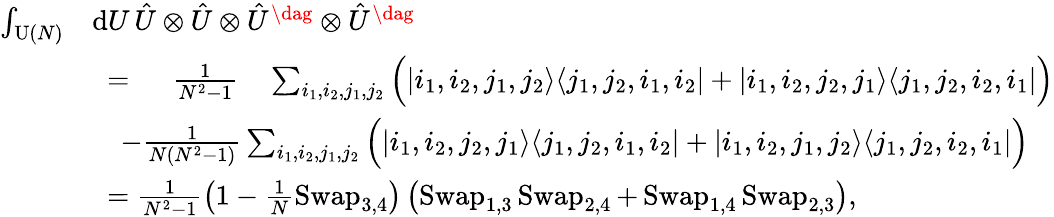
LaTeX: \begin{array}{rl}{\int_{\operatorname{U}(N)}}&{\mathrm{d}U\, \hat{U}\otimes\hat{U}\otimes\hat{U}^{\dag}\otimes\hat{U}^{\dag}}\\ &{\ =\quad\ \frac{1}{N^{2}-1}\quad\sum_{i_{1},i_{2},j_{1},j_{2}}\Big(|i_{1},i_{2},j_{1},j_{2}\rangle\langle j_{1},j_{2},i_{1},i_{2}|+|i_{1},i_{2},j_{2},j_{1}\rangle\langle j_{1},j_{2},i_{2},i_{1}|\Big)}\\ &{\quad-\frac{1}{N(N^{2}-1)}\sum_{i_{1},i_{2},j_{1},j_{2}}\Big(|i_{1},i_{2},j_{2},j_{1}\rangle\langle j_{1},j_{2},i_{1},i_{2}|+|i_{1},i_{2},j_{1},j_{2}\rangle\langle j_{1},j_{2},i_{2},i_{1}|\Big)}\\ &{\ =\frac{1}{N^{2}-1}\left(1-\frac{1}{N}\operatorname{Swap}_{3,4}\right)\left(\operatorname{Swap}_{1,3}\operatorname{Swap}_{2,4}+\operatorname{Swap}_{1,4}\operatorname{Swap}_{2,3}\right),}\end{array}